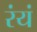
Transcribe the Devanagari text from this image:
रंयं